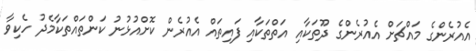
އެއުރެންގެ މައްޗަށް އެއުރެންގެ ދޫތަކާއި އަތްތަކާއި ފައިތައް އެއުރެން ކޮށްއުޅުނު ކަންތައްތަކާމެދު ހެކިވާ